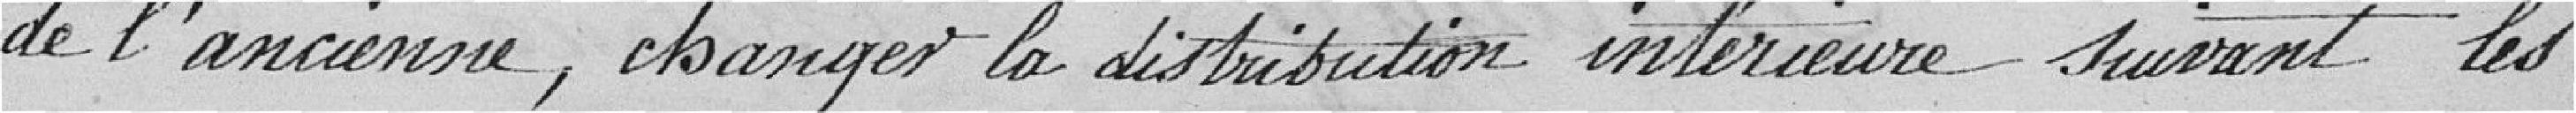
de l'ancienne, changer la distribution intérieure suivant les